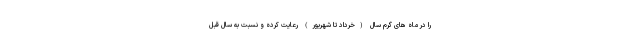
را در ماه های گرم سال (خرداد تا شهریور) رعایت کرده و نسبت به سال قبل